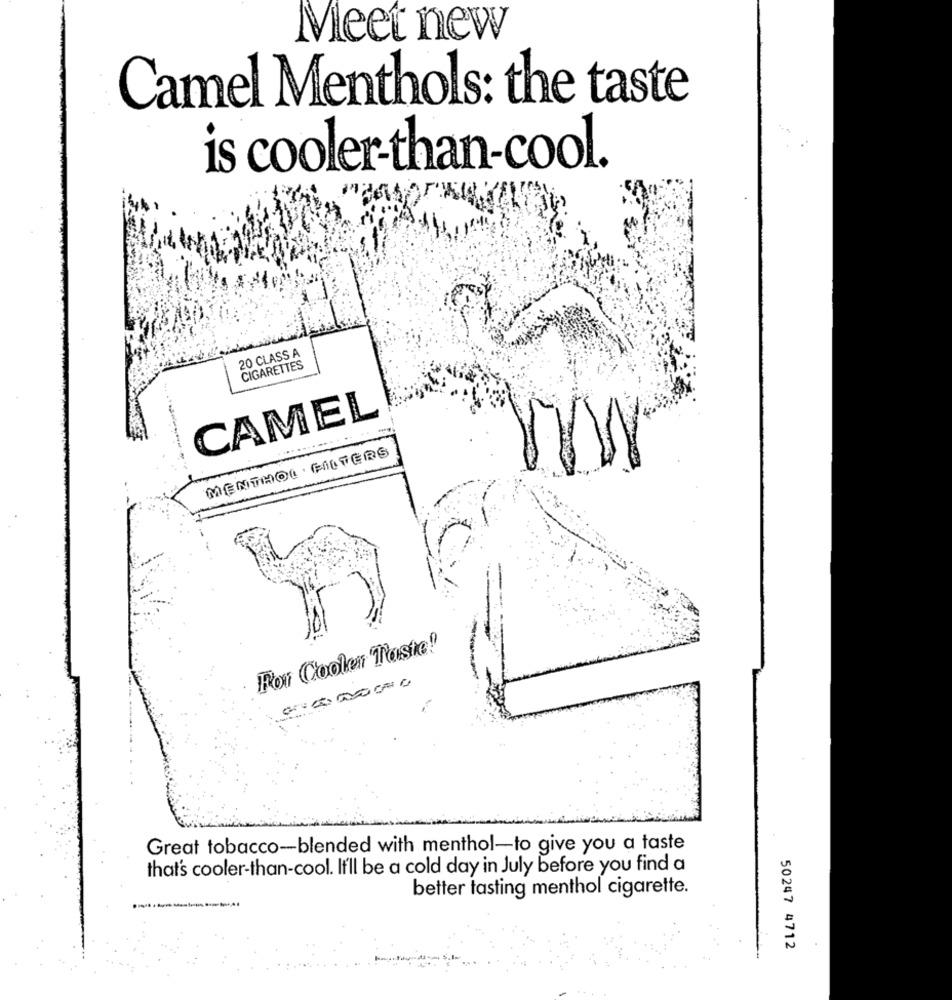
Meet new
Camel Menthols: the taste
is cooler-than-cool.
20 CLASS A
CIGARETTES
CAMEL
MENTHOL . FILTERS
For Cooler Taste!
Great tobacco-blended with menthol-to give you a taste
that's cooler-than-cool. It'll be a cold day in July before you find a
better tasting menthol cigarette.
50247 4712